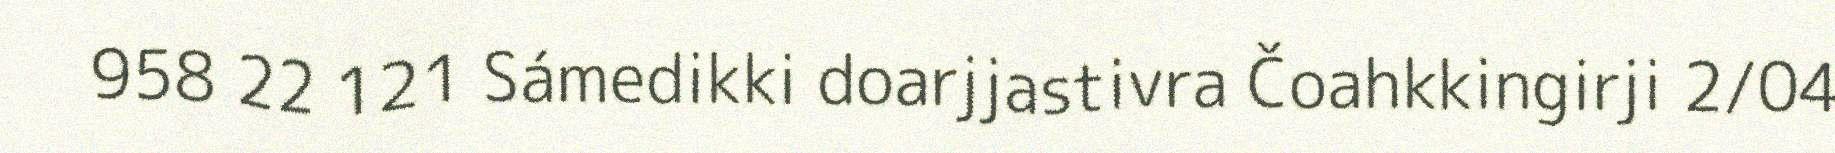
958 22 121 Sámedikki doarjjastivra Čoahkkingirji 2/04